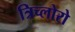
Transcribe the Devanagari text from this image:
त्रिच्लोरो